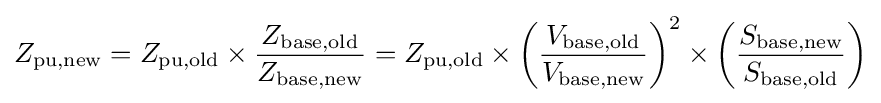
{\begin{aligned}Z_{\text{pu,new}}&=Z_{\text{pu,old}}\times {\frac {Z_{\text{base,old}}}{Z_{\text{base,new}}}}=Z_{\text{pu,old}}\times \left({\frac {V_{\text{base,old}}}{V_{\text{base,new}}}}\right)^{2}\times \left({\frac {S_{\text{base,new}}}{S_{\text{base,old}}}}\right)\\\end{aligned}}